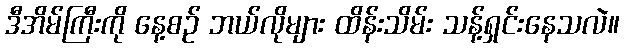
ဒီအိမ်ကြီးကို နေ့စဉ် ဘယ်လိုများ ထိန်းသိမ်း သန့်ရှင်းနေသလဲ။